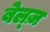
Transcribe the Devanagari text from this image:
बेल्ज़